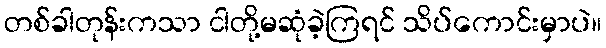
တစ်ခါတုန်းကသာ ငါတို့မဆုံခဲ့ကြရင် သိပ်ကောင်းမှာပဲ။